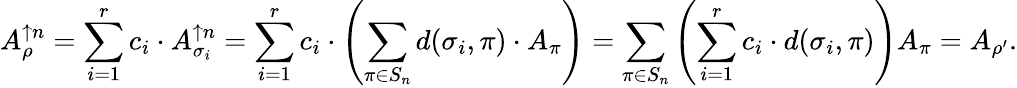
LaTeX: A_{\rho}^{\uparrow n}=\sum_{i=1}^{r}c_{i}\cdot A_{\sigma_{i}}^{\uparrow n}=\sum_{i=1}^{r}c_{i}\cdot\left(\sum_{\pi\in S_{n}}d(\sigma_{i},\pi)\cdot A_{\pi}\right)=\sum_{\pi\in S_{n}}\left(\sum_{i=1}^{r}c_{i}\cdot d(\sigma_{i},\pi)\right)A_{\pi}=A_{\rho^{\prime}}.